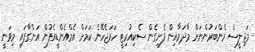
މަޖިލީސް މެންބަރުންނަށް މާދަމާއިން ފެށިގެން ސެކިއުރިޓީ ހަމަޖެހޭނެ ކަމަށް އެމްއެންޑީއެފުން އަންގާފައި މިވަނީ